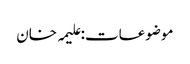
موضوعات:علیمہ خان